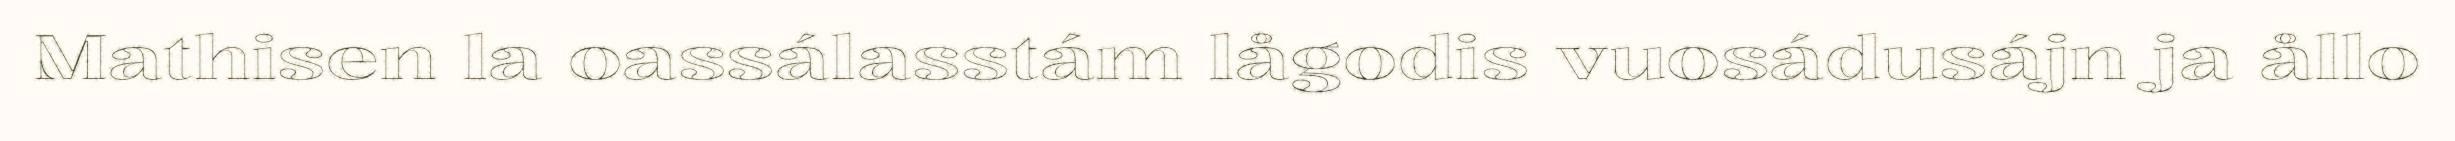
Mathisen la oassálasstám lågodis vuosádusájn ja ållo